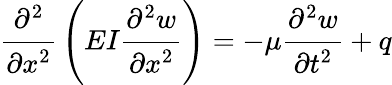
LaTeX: {\cfrac{\partial^{2}}{\partial x^{2}}}\left(EI{\cfrac{\partial^{2}w}{\partial x^{2}}}\right)=-\mu{\cfrac{\partial^{2}w}{\partial t^{2}}}+q